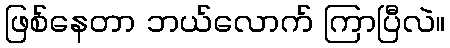
ဖြစ်နေတာ ဘယ်လောက် ကြာပြီလဲ။